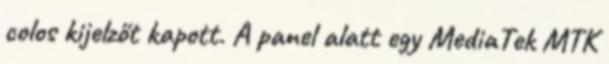
colos kijelzőt kapott. A panel alatt egy MediaTek MTK